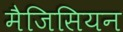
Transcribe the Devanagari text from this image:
मैजिसियन